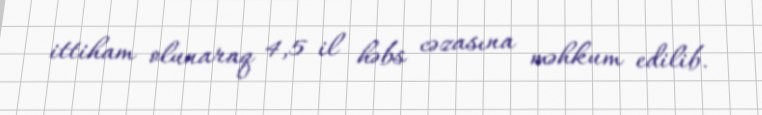
ittiham olunaraq 4,5 il həbs cəzasına məhkum edilib.